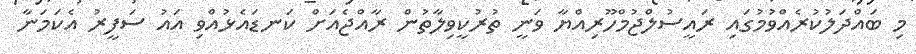
މި ބައްދަލުކުރެއްވުމުގައި ރައީސުލްޖުމްހޫރިއްޔާ ވަނީ ތުރުކީވިލާތުން ރާއްޖެއަށް ކަނޑައެޅުއްވި އައު ސަފީރު އެކަމަނާ